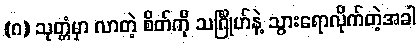
(ဂ) သုတ္တံမှာ လာတဲ့ စိတ်ကို သင်္ဂြိုဟ်နဲ့ သွားရောလိုက်တဲ့အခါ